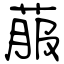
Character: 菔